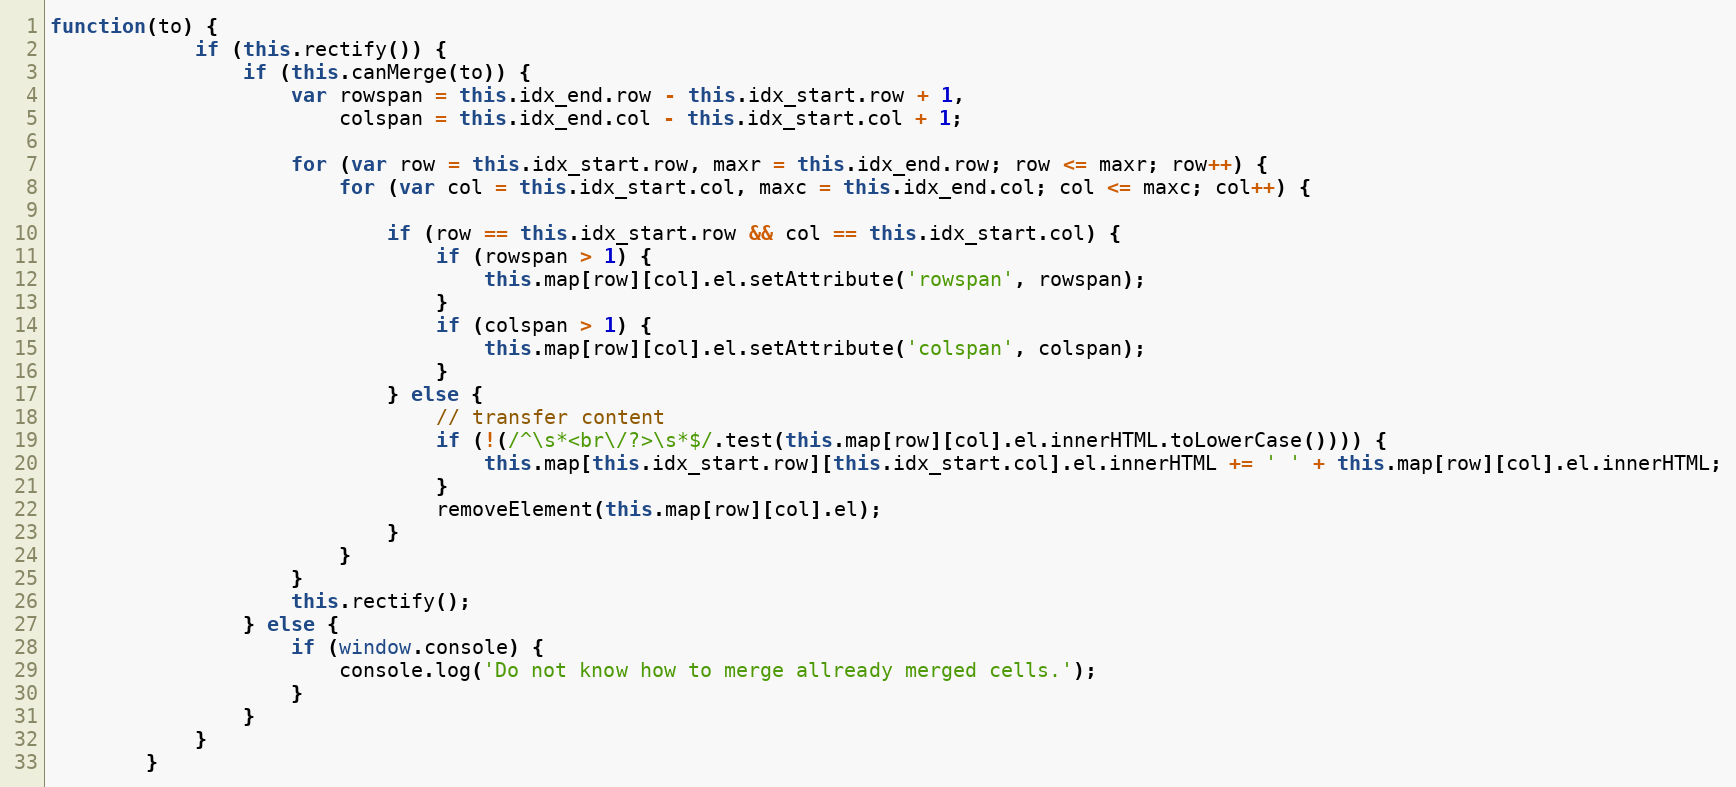
Language: JavaScript
function(to) {
            if (this.rectify()) {
                if (this.canMerge(to)) {
                    var rowspan = this.idx_end.row - this.idx_start.row + 1,
                        colspan = this.idx_end.col - this.idx_start.col + 1;

                    for (var row = this.idx_start.row, maxr = this.idx_end.row; row <= maxr; row++) {
                        for (var col = this.idx_start.col, maxc = this.idx_end.col; col <= maxc; col++) {

                            if (row == this.idx_start.row && col == this.idx_start.col) {
                                if (rowspan > 1) {
                                    this.map[row][col].el.setAttribute('rowspan', rowspan);
                                }
                                if (colspan > 1) {
                                    this.map[row][col].el.setAttribute('colspan', colspan);
                                }
                            } else {
                                // transfer content
                                if (!(/^\s*<br\/?>\s*$/.test(this.map[row][col].el.innerHTML.toLowerCase()))) {
                                    this.map[this.idx_start.row][this.idx_start.col].el.innerHTML += ' ' + this.map[row][col].el.innerHTML;
                                }
                                removeElement(this.map[row][col].el);
                            }
                        }
                    }
                    this.rectify();
                } else {
                    if (window.console) {
                        console.log('Do not know how to merge allready merged cells.');
                    }
                }
            }
        }